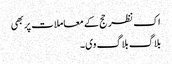
اک نظر حج کے معاملات پر بھی
بلاگ بلاگ وی۔